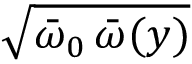
\sqrt { { \bar { \omega } } _ { 0 } \, { \bar { \omega } } ( y ) }